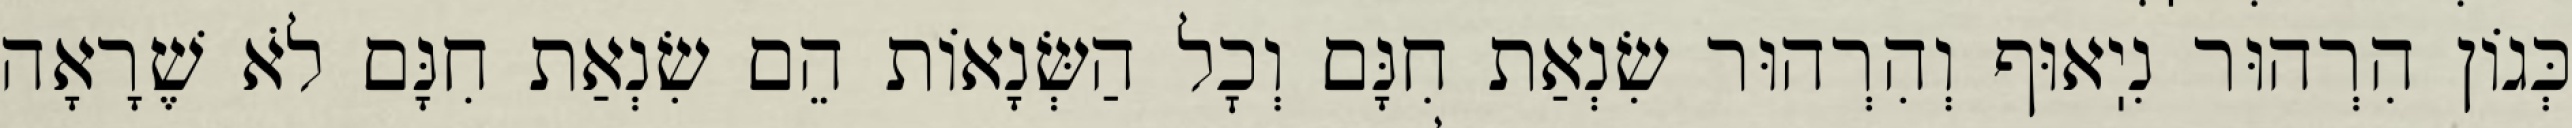
כְּגוֹן הִרְהוּר נִיֽאוּף וְהִרְהוּר שִׂנְאַת חִנָּם וְכׇל הַשְּׂנָאוֹת הֵם שִׂנְאַת חִנָּם לֹא שֶׁרָאָה